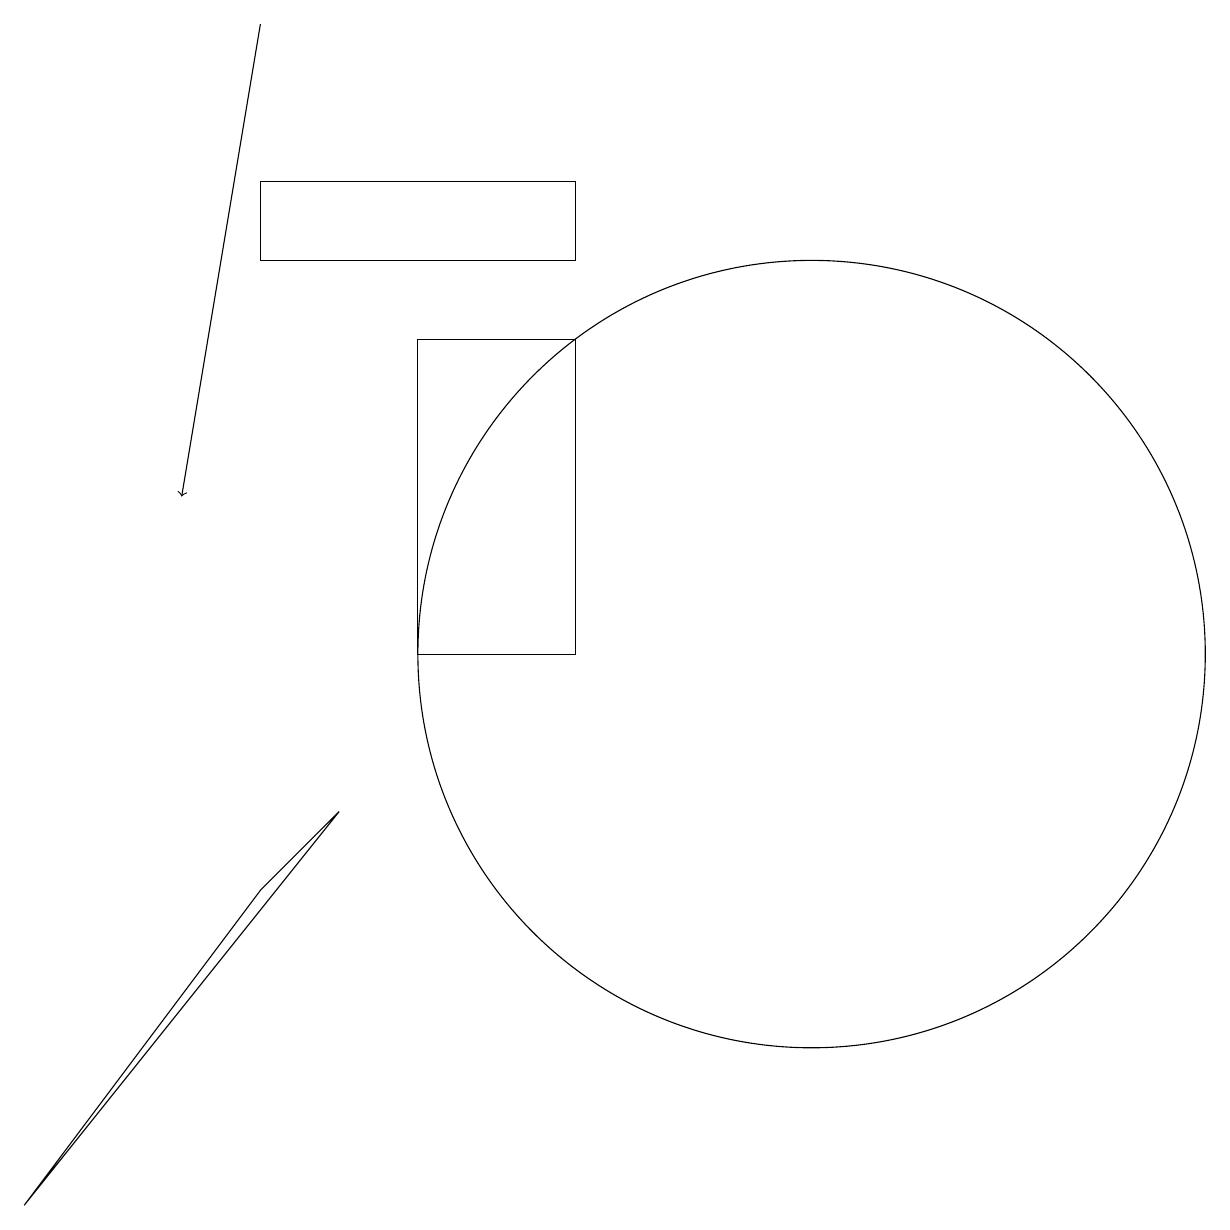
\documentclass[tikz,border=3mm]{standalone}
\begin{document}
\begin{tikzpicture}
\draw[->] (5,19) -- (4,13);
\draw (12,11) circle (5);
\draw (6,9) -- (2,4) -- (5,8) -- cycle;
\draw (5,17) rectangle (9,16);
\draw (7,11) rectangle (9,15);
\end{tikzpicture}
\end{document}